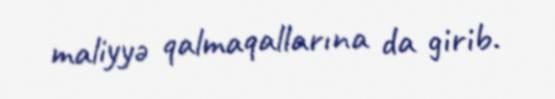
maliyyə qalmaqallarına da girib.